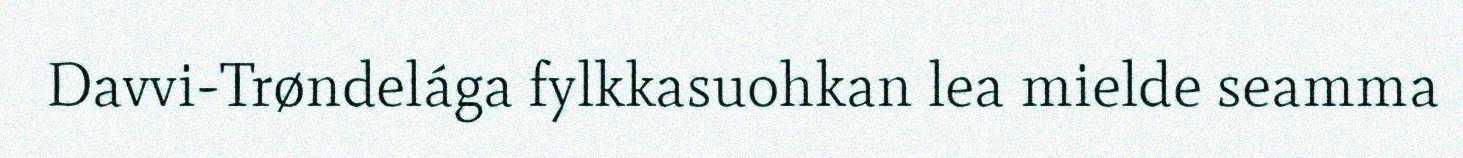
Davvi-Trøndelága fylkkasuohkan lea mielde seamma